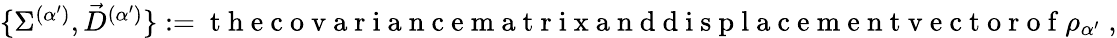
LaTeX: \begin{array}{r}{\{ \Sigma^{(\alpha^{\prime})},\vec{D}^{(\alpha^{\prime})}\} :=\mathrm{~t~h~e~c~o~v~a~r~i~a~n~c~e~m~a~t~r~i~x~a~n~d~d~i~s~p~l~a~c~e~m~e~n~t~v~e~c~t~o~r~o~f~}\rho_{\alpha^{\prime}}\; ,}\end{array}